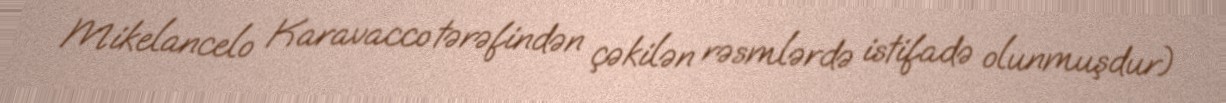
Mikelancelo Karavacco tərəfindən çəkilən rəsmlərdə istifadə olunmuşdur)